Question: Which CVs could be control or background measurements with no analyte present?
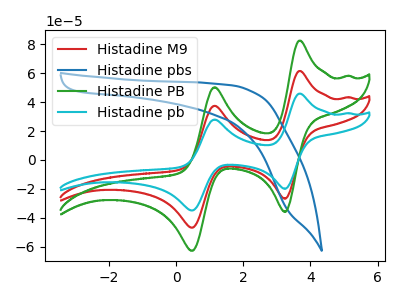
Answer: <think>The red curve "Histadine M9" has anodic peaks at (3.65V, 61.35uA) (1.15V, 37.40uA) and cathodic peaks at (3.25V, -26.70uA) (0.50V, -46.70uA). The blue curve "Histadine pbs" has no peaks. The green curve "Histadine PB" has anodic peaks at (3.65V, 82.30uA) (1.15V, 50.15uA) and cathodic peaks at (3.25V, -35.80uA) (0.50V, -62.60uA). The cyan curve "Histadine pb" has anodic peaks at (3.65V, 122.75uA) (1.15V, 74.80uA) and cathodic peaks at (3.25V, -53.40uA) (0.50V, -93.40uA).</think>
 <answer>"Histadine pbs" is likely to be a blank.</answer>
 <eval>Histadine pbs</eval>